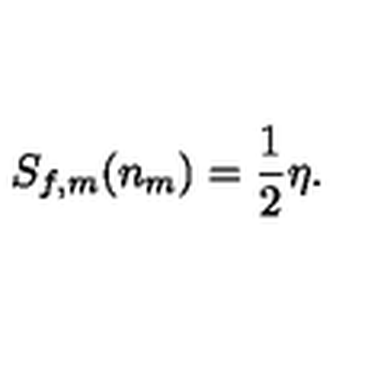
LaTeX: S _ { f , m } ( n _ { m } ) = { \frac { 1 } { 2 } } \eta .